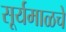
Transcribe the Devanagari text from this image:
सूर्यमाळचे